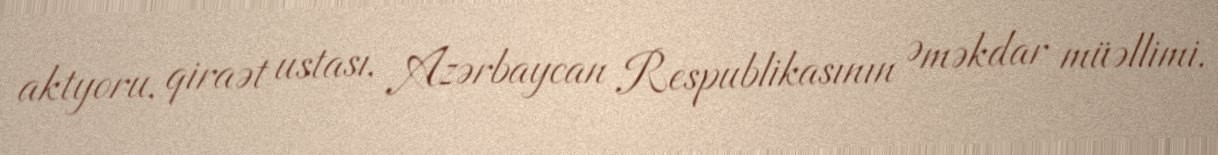
aktyoru, qiraət ustası, Azərbaycan Respublikasının Əməkdar müəllimi.